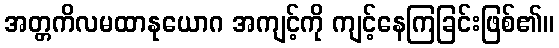
အတ္တကိလမထာနုယောဂ အကျင့်ကို ကျင့်နေကြခြင်းဖြစ်၏။